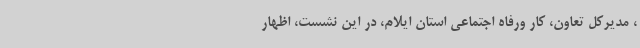
، مدیرکل تعاون، کار ورفاه اجتماعی استان ایلام، در این نشست، اظهار